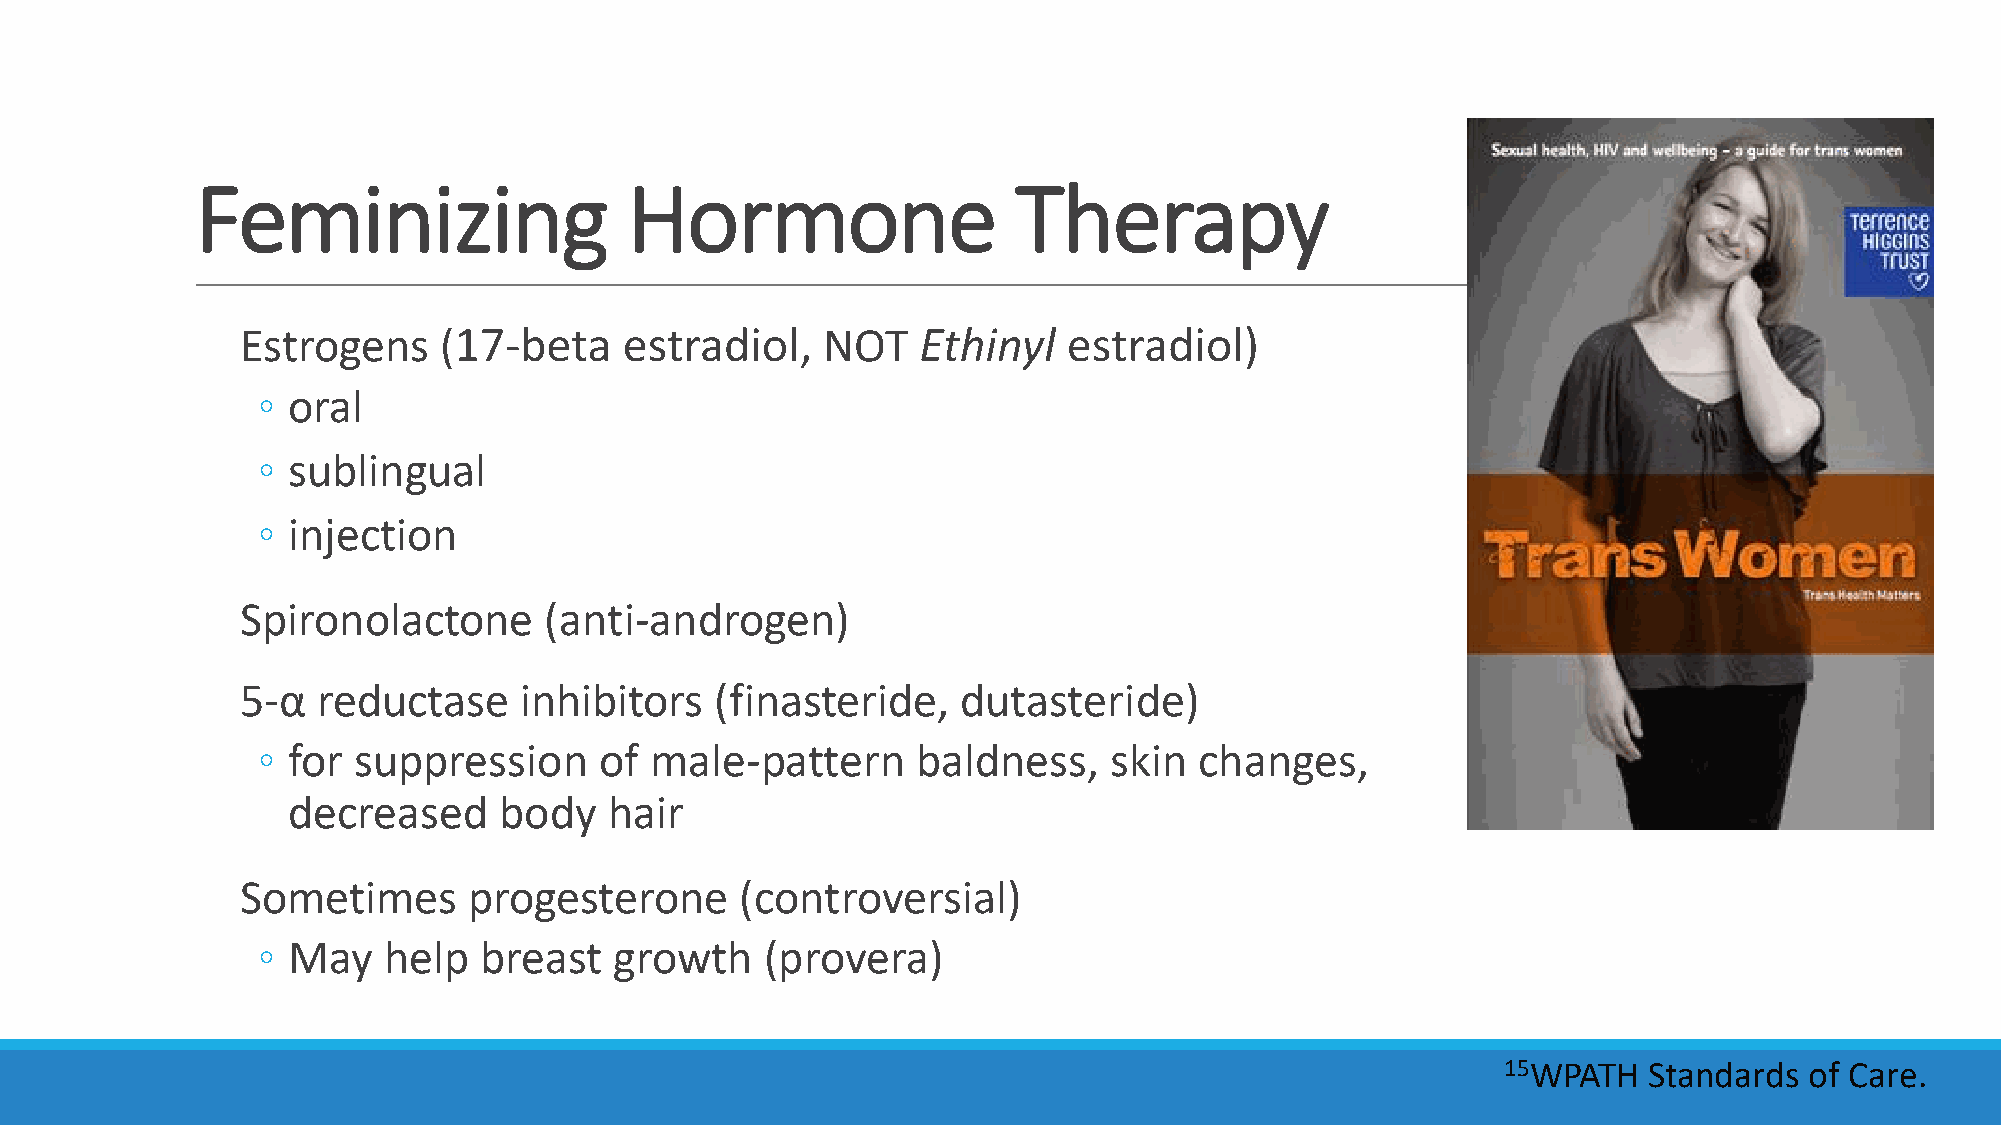
Feminizing                   Hormone                  Therapy
 Estrogens    (17-beta    estradiol,   NOT    Ethinyl   estradiol)
 ◦ oral
 ◦ sublingual
 ◦ injection
 Spironolactone      (anti-androgen)
 5-α  reductase    inhibitors   (finasteride,    dutasteride)
 ◦ for suppression      of male-pattern      baldness,   skin  changes,
 decreased     body   hair
 Sometimes      progesterone      (controversial)
 ◦ May   help   breast   growth    (provera)
 15WPATH  Standards  of Care.